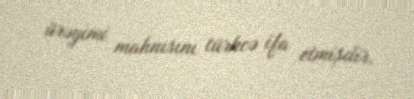
ürəyimi mahnısını türkcə ifa etmişdir.